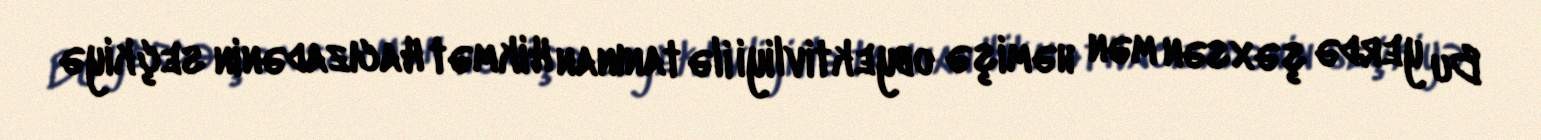
Bu yerdə şəxsən mən həmişə obyektivliyi ilə tanınan Hikmət Hacızadənin seçkiyə